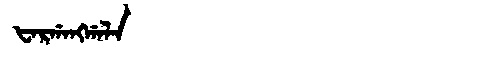
Manchu: ᡶᠠᡵᡤᠠᠩᡤᠠᠯᠠ
Romanization: FARGANGGALA